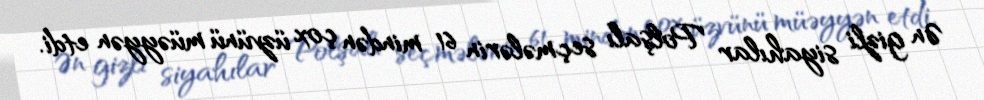
Ən gizli siyahılar Polşalı seçmələrin 61 mindən çox üzvünü müəyyən etdi.